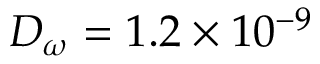
D _ { \omega } = 1 . 2 \times 1 0 ^ { - 9 }